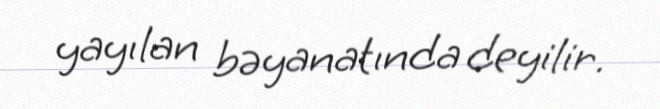
yayılan bəyanatında deyilir.